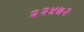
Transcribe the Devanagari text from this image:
२२४७२